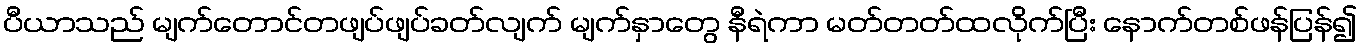
ပီယာသည် မျက်တောင်တဖျပ်ဖျပ်ခတ်လျက် မျက်နှာတွေ နီရဲကာ မတ်တတ်ထလိုက်ပြီး နောက်တစ်ဖန်ပြန်၍